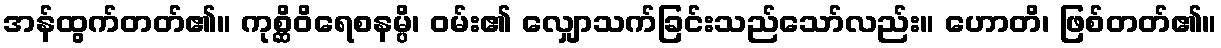
အန်ထွက်တတ်၏။ ကုစ္ဆိဝိရေစနမ္ပိ၊ ဝမ်း၏ လျှောသက်ခြင်းသည်သော်လည်း။ ဟောတိ၊ ဖြစ်တတ်၏။